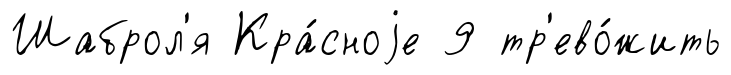
Шаброл'я Кра́сноjе 9 тр'ево́жить